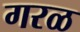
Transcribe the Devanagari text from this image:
गरळ